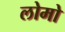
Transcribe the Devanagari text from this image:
लोमो